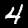
Digit: 4